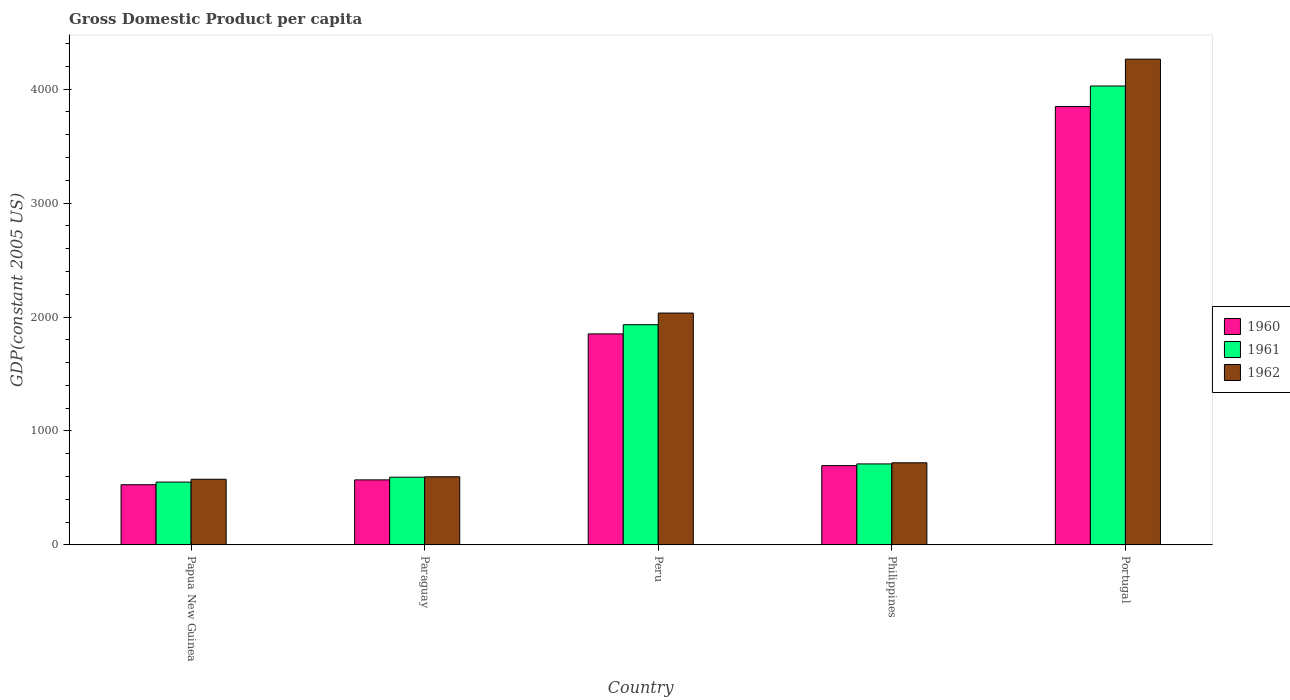
| Country | 1960 | 1961 | 1962 |
 | --- | --- | --- | --- |
 | Papua New Guinea | 528 | 552 | 576 |
 | Paraguay | 571 | 594 | 598 |
 | Peru | 1.85e+03 | 1.93e+03 | 2.03e+03 |
 | Philippines | 696 | 711 | 721 |
 | Portugal | 3.85e+03 | 4.03e+03 | 4.26e+03 |